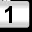
Digit: 1